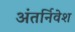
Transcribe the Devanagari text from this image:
अंतर्निवेश